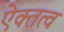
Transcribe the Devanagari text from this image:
ऐक्तत्व